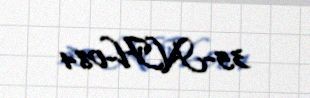
35-NH-084